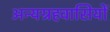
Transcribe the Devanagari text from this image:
अन्यग्रहवासियों